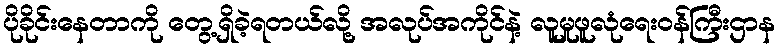
ပိုခိုင်းနေတာကို တွေ့ရှိခဲ့ရတယ်လို့ အလုပ်အကိုင်နဲ့ လူမှုဖူလုံရေးဝန်ကြီးဌာန